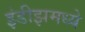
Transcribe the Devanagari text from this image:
इंडीझमध्ये